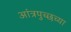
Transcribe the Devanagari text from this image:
आंत्रपुच्छच्या